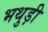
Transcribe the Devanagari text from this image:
भथुड़ी